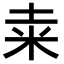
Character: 𥸮